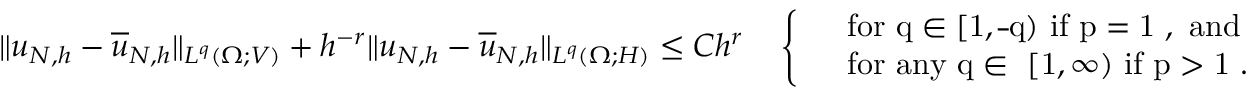
\| u _ { N , h } - \overline { u } _ { N , h } \| _ { L ^ { q } ( \Omega ; V ) } + h ^ { - r } \| u _ { N , h } - \overline { u } _ { N , h } \| _ { L ^ { q } ( \Omega ; H ) } \le C h ^ { r } \quad \left\{ \begin{array} { l l } & { \mathrm { f o r ~ q \in [ 1 , \overline { ~ } q ) ~ i f ~ p = 1 ~ , ~ a n d } } \\ & { \mathrm { f o r ~ a n y ~ q \in ~ [ 1 , \infty ) ~ i f ~ p > 1 ~ } . } \end{array} \right.